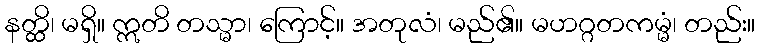
နတ္ထိ၊ မရှိ။ ဣတိ တသ္မာ၊ ကြောင့်။ အတုလံ၊ မည်၏။ မဟဂ္ဂတကမ္မံ၊ တည်း။